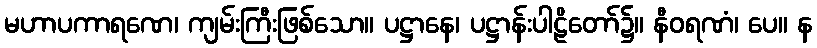
မဟာပကာရဏေ၊ ကျမ်းကြီးဖြစ်သော။ ပဋ္ဌာနေ၊ ပဋ္ဌာန်းပါဠိတော်၌။ နီဝရဏံ၊ ပေ။ န